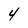
Character: 4